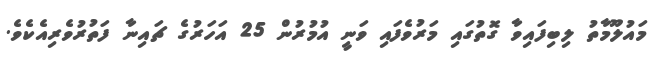
މައުލޫމާތު ލިބިފައިވާ ގޮތުގައި މަރުވެފައި ވަނީ އުމުރުން 25 އަހަރުގެ ޗައިނާ ފަތުރުވެރިއެކެވެ.